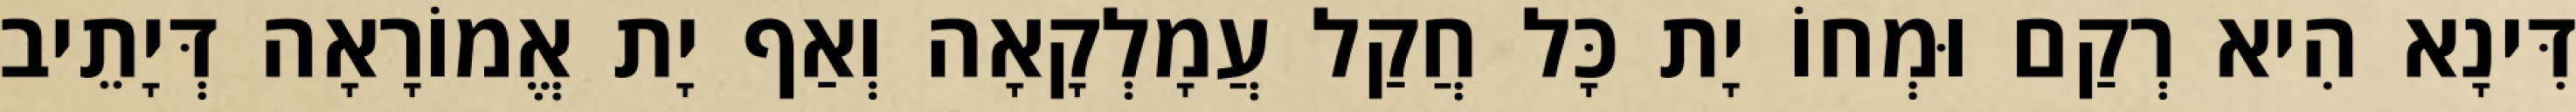
דִּינָא הִיא רְקַם וּמְחוֹ יָת כָּל חֲקַל עֲמָלְקָאָה וְאַף יָת אֱמוֹרָאָה דְּיָתֵיב